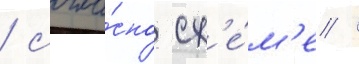
/ согла́сно сх'е́м'е /